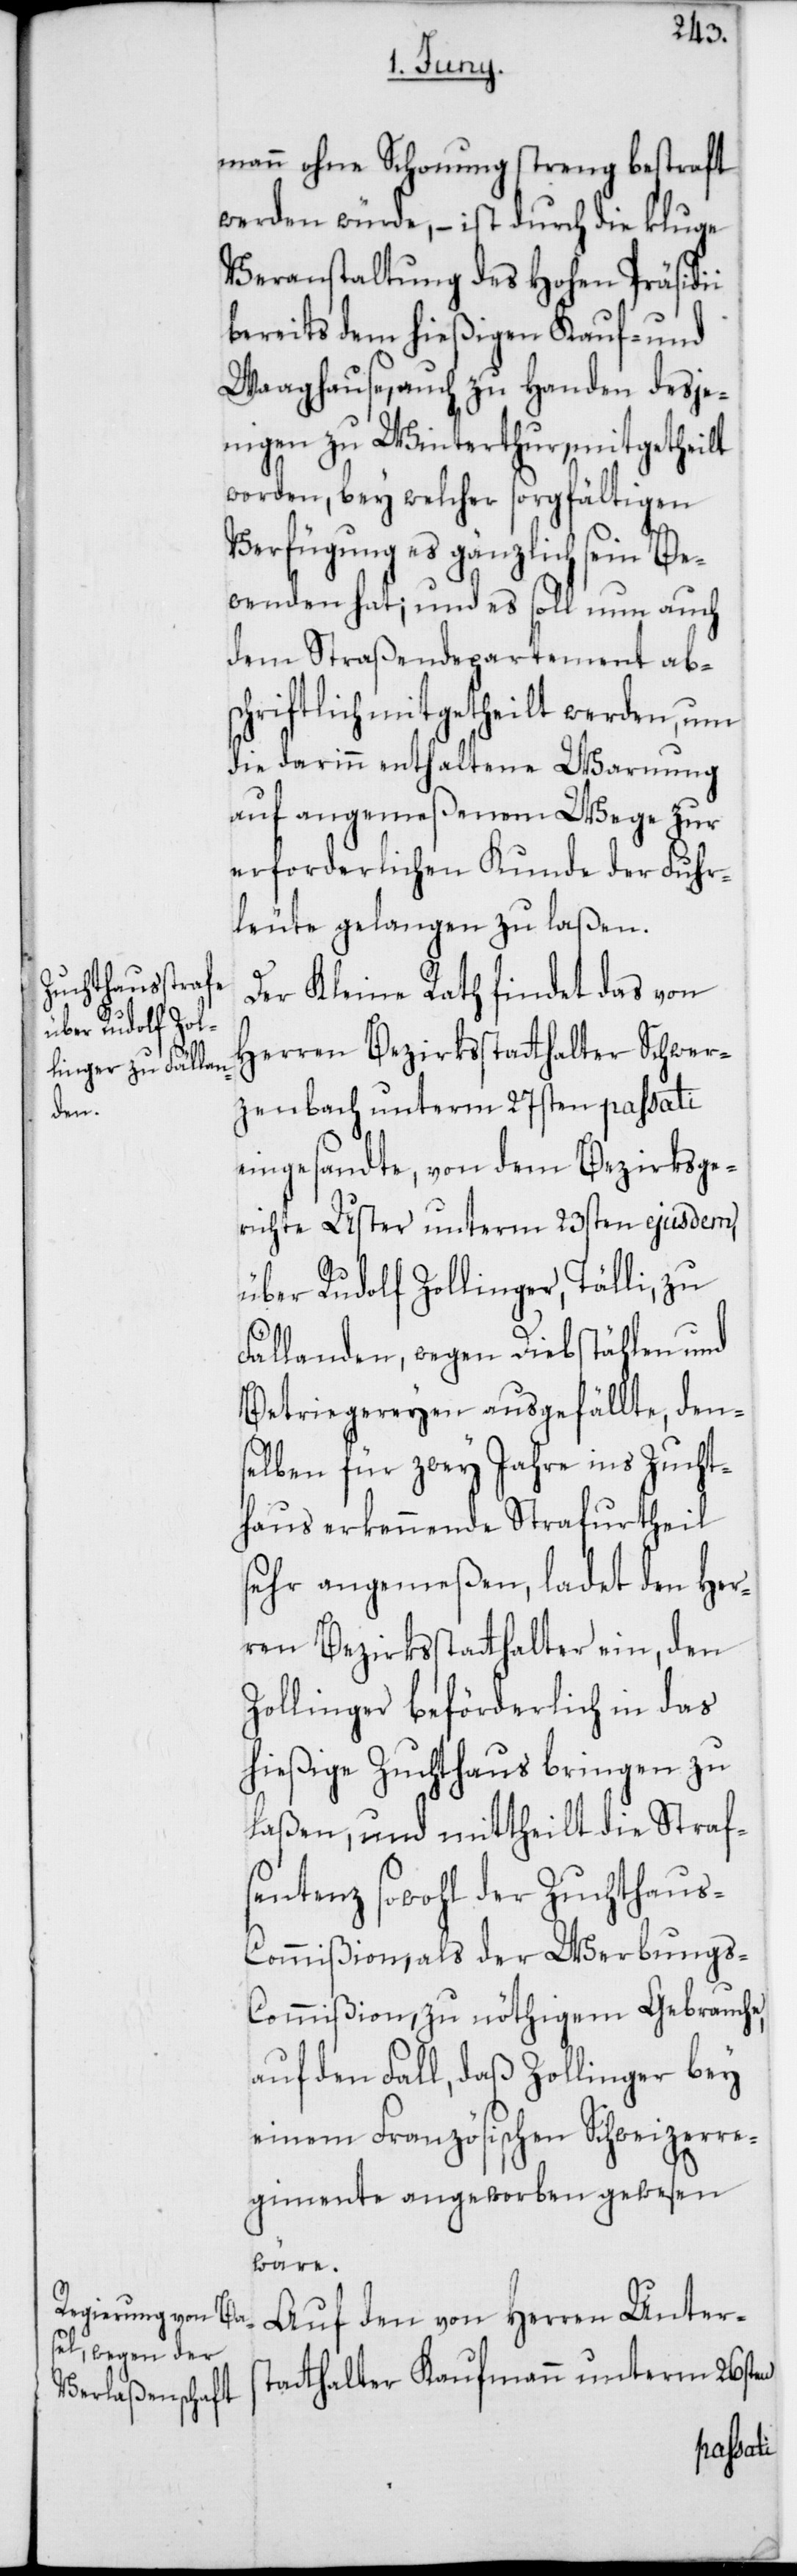
mann ohne Schonung streng bestraft
werden würde, – ist durch die kluge
Veranstaltung des Hohen Präsidii
bereits dem hießigen Kauf- und
Waaghause, auch zu Handen desje¬
nigen zu Winterthur, mitgetheilt
worden, bey welcher sorgfältigen
Verfügung es gänzlich sein Be¬
wenden hat; und es soll nun auch
dem Straßendepartement abs¬
chriftlich mitgetheilt werden, um
die darinn enthaltene Warnung
auf angemeßenem Wege zur
erforderlichen Kunde der Fuhr¬
leute gelangen zu laßen.
Der Kleine Rath findet das von
Herren Bezirksstatthalter Schwer¬
zenbach unterm 27sten passati
eingesandte, von dem Bezirksge¬
richte Uster unterm 23sten ejusdem,
über Rudolf Zollinger, Tälli, zu
Fällanden, wegen Diebstählen und
Betriegereyen ausgefällte, den¬
selben für zwey Jahre ins Zucht¬
haus erkennende Strafurtheil
sehr angemeßen, ladet den Her¬
ren Bezirksstatthalter ein, den
Zollinger beförderlich in das
hießige Zuchthaus bringen zu
laßen, und mittheilt die Strafs¬
entenz sowohl der Zuchthaus-C¬
ommißion, als der Werbungs-C¬
ommißion, zu nöthigem Gebrauche,
auf den Fall, daß Zollinger bey
einem Französischen Schweizerre¬
gimente angeworben gewesen
wäre.
Auf den von Herren Unters¬
tatthalter Kaufmann unterm 26sten